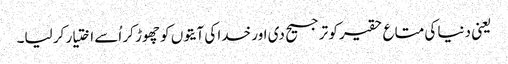
یعنی دنیا کی متاع حقیر کو ترجیح دی اور خدا کی آیتوں کو چھوڑ کر اُسے اختیار کر لیا۔